Report of the Municipal Commissioner on the plague in Bombay for the year ending 31st May... - Volume 3
Disease focus: Plague
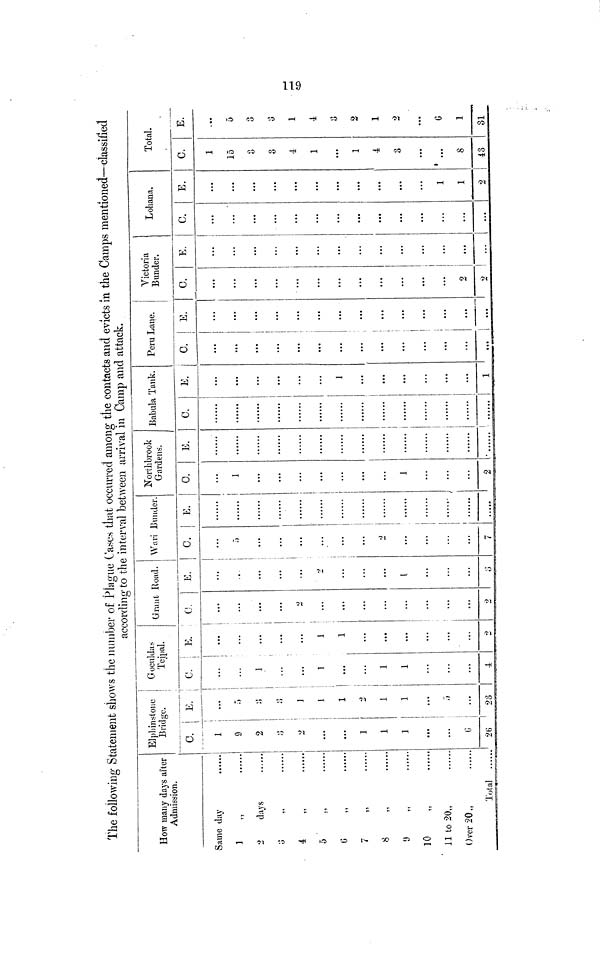
The following Statement shows the number of Plague Cases that occurred among the contacts and evicts in the Camps mentioned—classified
according to the interval between arrival in Camp and attack.
How many days after
Admission.
Same day
2
days
3
„
5
7
„
8 "
9
„
10
11 to 20,,
Over 20,,
Total
Elphinstone
Bridge.
C. |
1
9
2
2
...
1
1
1
...
G
26
E.
5
3
3
]
1
1
2
1
1
5
23
Goculdas
Tejpal.
C.
E.
1
...
1
1
1
...
i
...
1
1
...
...
2
Grant
Road.
C.
2
...
...
...
2
E.
2
...
3
Wari Bunder.
C.
5
2
...
7
E.
....
Northbrook
Gardens.
C.
1
...
1
2
E.
Babula Tank.
C.
E.
1
1
Peru Lane.
C.
...
...
E.
...
...
...
...
...
...
...
Victoria
Bunder.
C.
...
2
2
E.
...
...
...
Lohana.
C.
...
...
E.
1
1
2
Total.
C.
1
15
3
3
4
1
1
3
...
8
43
E.
...
5
3
3
1
4
3
2
1
2
6
1
31
119